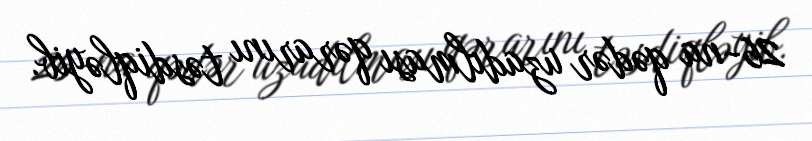
26-na qədər uzadılması qərarını təsdiqləyib.